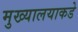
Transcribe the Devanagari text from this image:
मुख्यालयाकडे